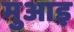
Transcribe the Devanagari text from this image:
मुआइ